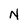
Character: N